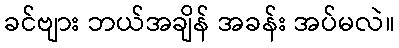
ခင်ဗျား ဘယ်အချိန် အခန်း အပ်မလဲ။